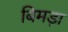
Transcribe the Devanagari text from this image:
बिमड़ा